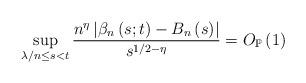
LaTeX: \begin{align*}\sup_{\lambda/n\leq s<t}\frac{n^{\eta}\left\vert \beta_{n}\left( s;t\right)-B_{n}\left( s\right) \right\vert }{s^{1/2-\eta}}=O_{\mathbb{P}}\left(1\right) \end{align*}